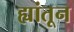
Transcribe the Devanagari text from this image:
ह्यांतून